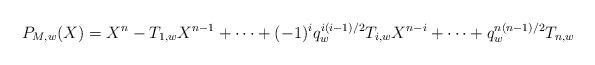
LaTeX: \begin{align*}P_{M,w}(X) = X^{n} - T_{1,w}X^{n-1}+\dots + (-1)^iq_{w}^{i(i-1)/2}T_{i,w}X^{n-i} +\dots + q_{w}^{n(n-1)/2}T_{n,w}\end{align*}